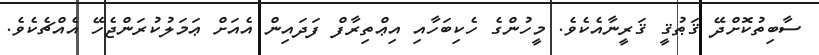
ސާބިތުކޮށްދޭ ޤަޠުޤީ ޤަރީނާއެކެވެ. މީހުންގެ ހެކިބަހާއި އިޢްތިރާފް ފަދައިން އެއަށް ޢަމަލުކުރަންޖެހޭ އެއްޗެކެވެ.